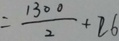
= \frac { 1 3 0 0 } { 2 } + 2 6